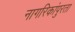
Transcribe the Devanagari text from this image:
नागरिकांपुरता